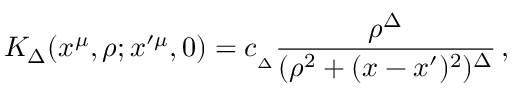
K _ { \Delta } ( x ^ { \mu } , \rho ; x ^ { \prime \mu } , 0 ) = c _ { _ { \Delta } } { \frac { \rho ^ { \Delta } } { ( \rho ^ { 2 } + ( x - x ^ { \prime } ) ^ { 2 } ) ^ { \Delta } } } \, ,